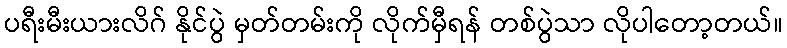
ပရီးမီးယားလိဂ် နိုင်ပွဲ မှတ်တမ်းကို လိုက်မှီရန် တစ်ပွဲသာ လိုပါတော့တယ်။